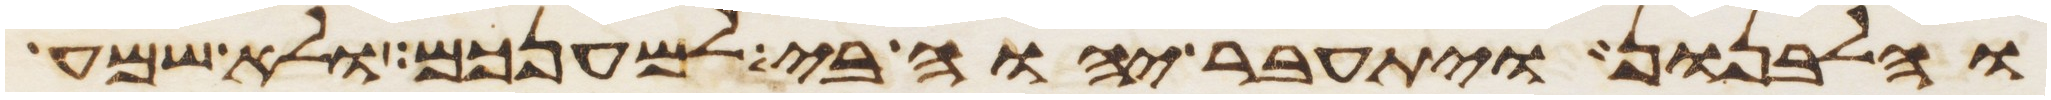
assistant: והלבנון ויתעבר יהוה בי למענכם ולא שמע